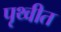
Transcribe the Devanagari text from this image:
पृथ्वीत